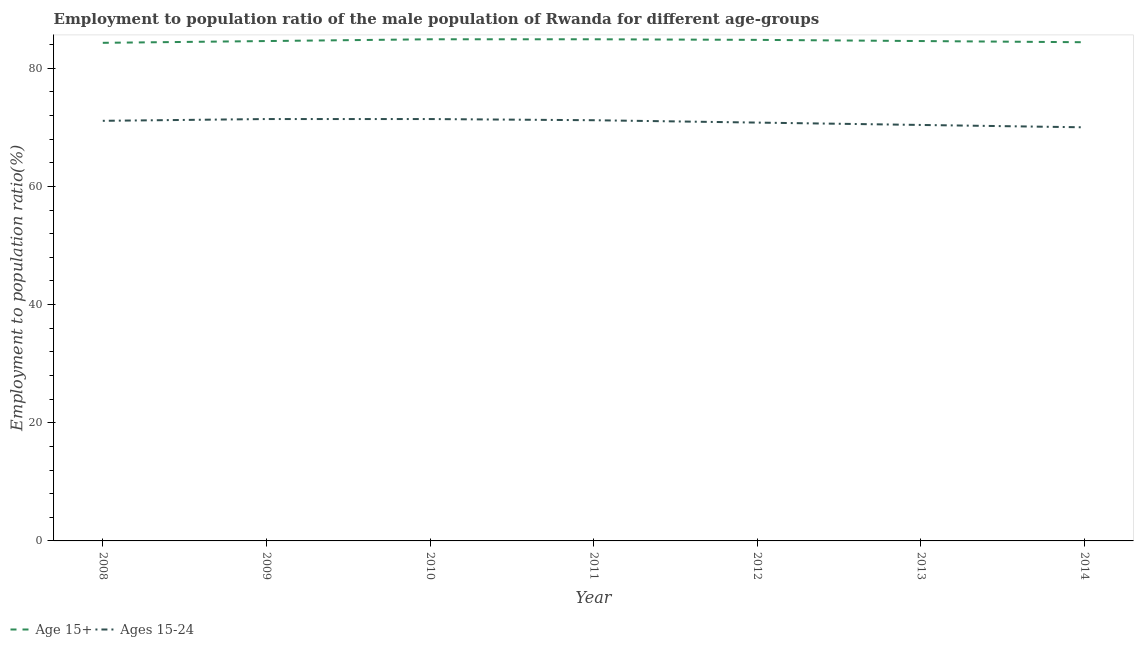
| Year | Age 15+ | Ages 15-24 |
 | --- | --- | --- |
 | 2008 | 84.3 | 71.1 |
 | 2009 | 84.6 | 71.4 |
 | 2010 | 84.9 | 71.4 |
 | 2011 | 84.9 | 71.2 |
 | 2012 | 84.8 | 70.8 |
 | 2013 | 84.6 | 70.4 |
 | 2014 | 84.4 | 70 |